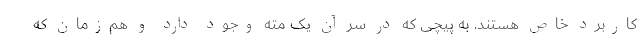
کاربرد خاص هستند. به پیچی که در سر آن یک مته وجود دارد و هم‌زمان که